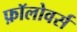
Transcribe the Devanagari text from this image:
फ़ॉलोवर्स